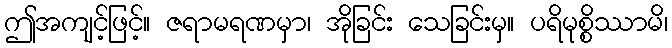
ဤအကျင့်ဖြင့်။ ဇရာမရဏမှာ၊ အိုခြင်း သေခြင်းမှ။ ပရိမုစ္စိဿာမိ၊